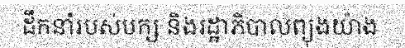
ដឹកនាំរបស់បក្ស និងរដ្ឋាភិបាលព្យុងយ៉ាង